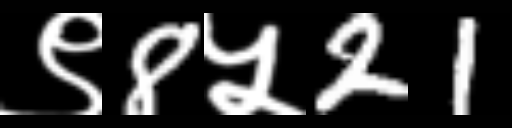
Text: ९8५21